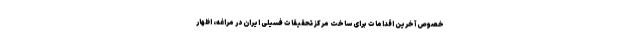
خصوص آخرین اقدامات برای ساخت مرکز تحقیقات فسیلی ایران در مراغه، اظهار